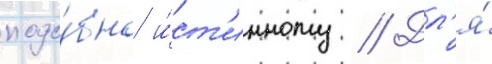
подо́бно и́ст'инному // Дл'я́